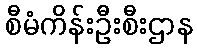
စီမံကိန်းဦးစီးဌာန